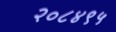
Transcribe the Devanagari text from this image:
२०८४९५